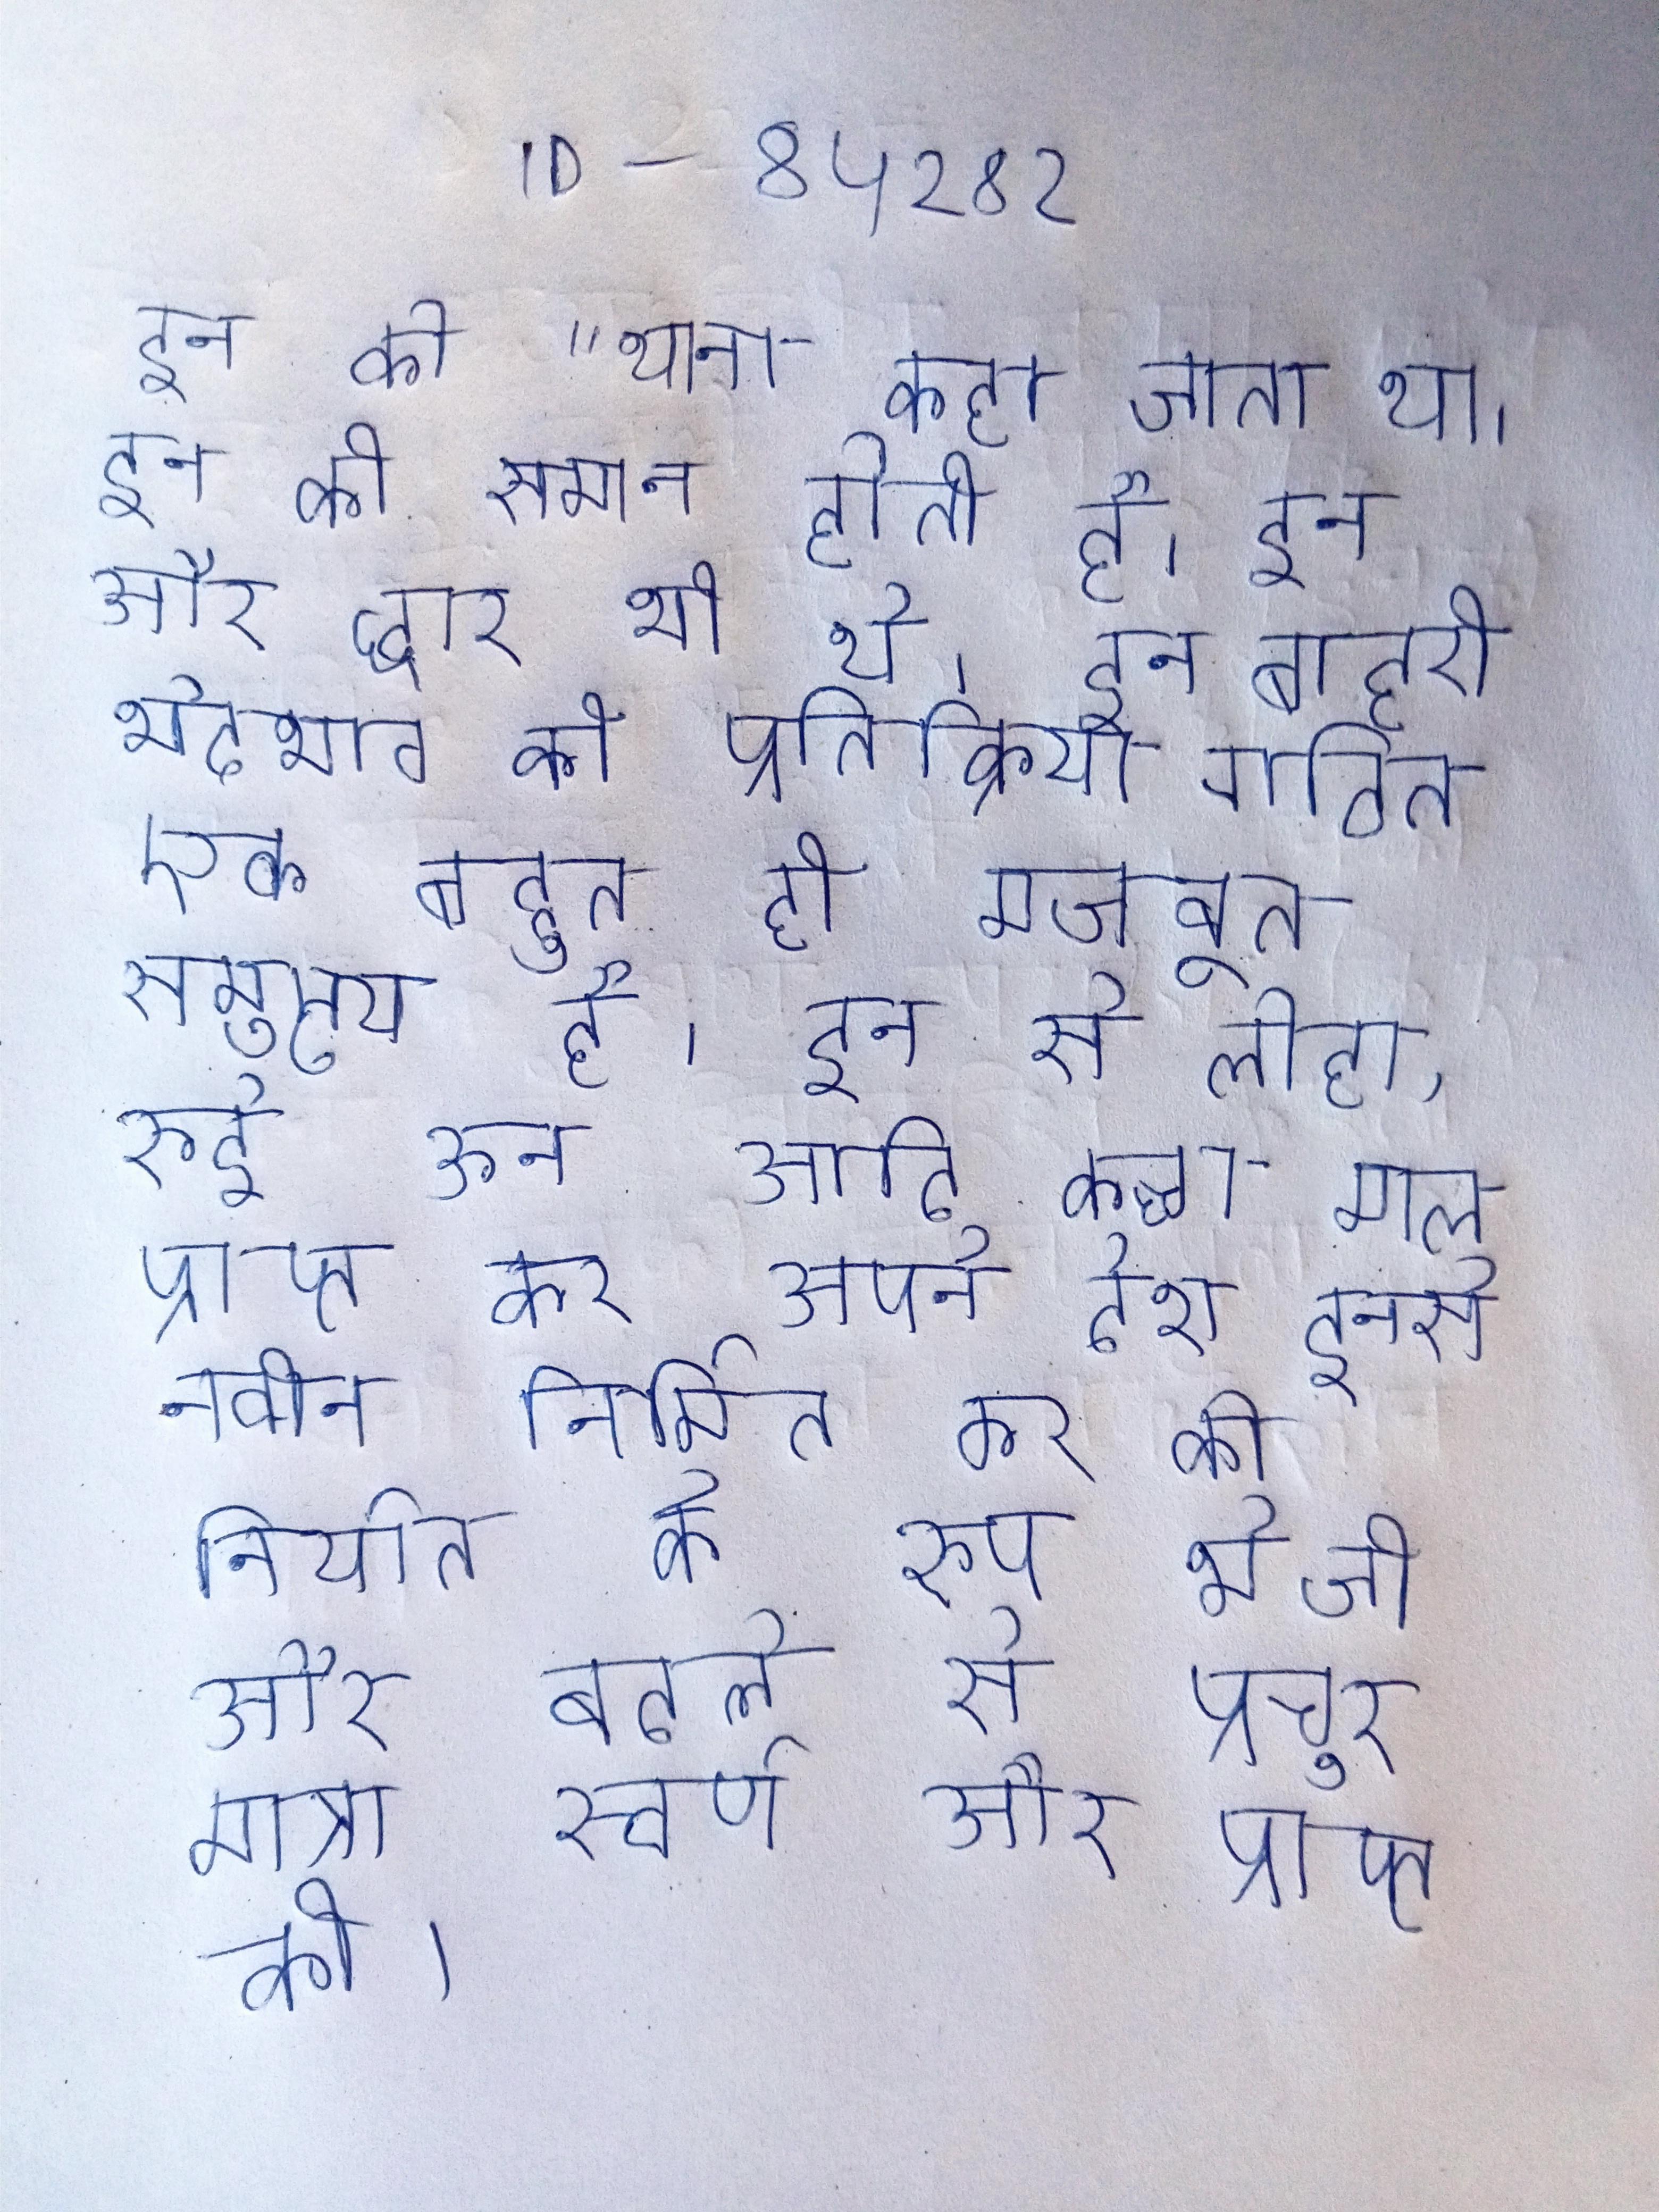
इन को "थाना" कहा जाता था । इन की समान होती है । इन और द्वार भी थे । इन बाहरी भेदभाव की प्रतिक्रिया गठित एक बहुत ही मजबूत समुदाय है । इन से लोहा, रुई ऊन आदि कच्चा माल प्राप्त कर अपने देश इनसे नवीन निर्मित कर को निर्यात के रूप भेजी और बदले से प्रचुर मात्रा स्वर्ण और प्राप्त की ।